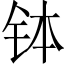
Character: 钵